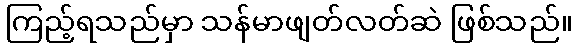
ကြည့်ရသည်မှာ သန်မာဖျတ်လတ်ဆဲ ဖြစ်သည်။